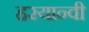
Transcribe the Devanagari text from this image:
हरयान्वी